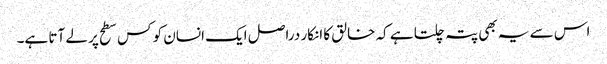
اس سے یہ بھی پتہ چلتا ہے کہ خالق کا انکار دراصل ایک انسان کو کس سطح پر لے آتا ہے۔